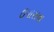
ઉપાસના